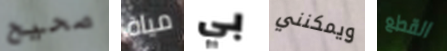
صحيح مياة بي ويمكنني القطع